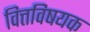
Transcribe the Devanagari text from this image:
वित्तविषयक